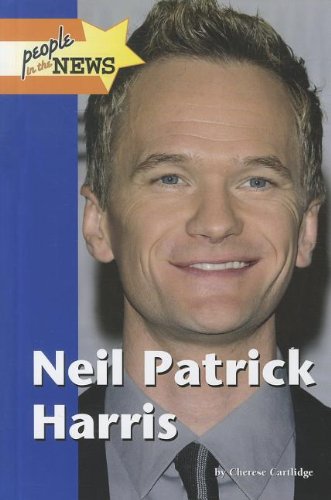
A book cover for Neil Patrick Harris (People in the News); Cherese Cartlidge; Teen & Young Adult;